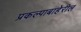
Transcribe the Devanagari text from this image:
प्रकल्पाबाहेरील